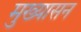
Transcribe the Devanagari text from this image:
मुख्यासन